Indian journal of veterinary science and animal husbandry - Volume 3,
Year: 1933
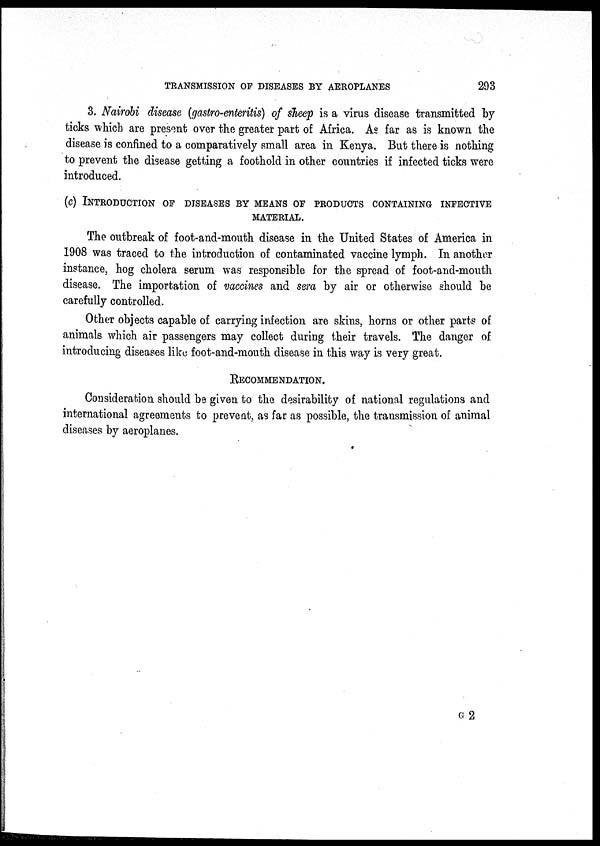
TRANSMISSION OF DISEASES BY AEROPLANES
293
3. Nairobi disease (gastro-enteritis) of sheep is a virus disease transmitted by
ticks which are present over the greater part of Africa. As far as is known the
disease is confined to a comparatively small area in Kenya. But there is nothing
to prevent the disease getting a foothold in other countries if infected ticks were
introduced.
(c) INTRODUCTION OF DISEASES BY MEANS OF PRODUCTS CONTAININ
MATERIAL.
The outbreak of foot-and-mouth disease in the United States of America in
1908 was traced to the introduction of contaminated vaccine lymph. In another
instance, hog cholera serum was responsible for the spread of foot-and-mouth
disease. The importation of vaccines and sera by air or otherwise should be
carefully controlled.
Other objects capable of carrying infection are skins, horns or other parts of
animals which air passengers may collect during their travels. The danger of
introducing diseases like foot-and-mouth disease in this way is very great.
RECOMMENDATION.
Consideration should be given to the desirability of national regulations and
international agreements to prevent, as far as possible, the transmission of animal
diseases by aeroplanes.
C 2